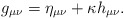
\begin{align*}g_{\mu \nu }=\eta _{\mu \nu }+\kappa h_{\mu \nu }.\end{align*}